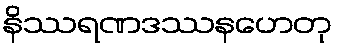
နိဿရဏဒဿနဟေတု